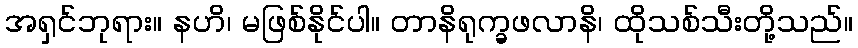
အရှင်ဘုရား။ နဟိ၊ မဖြစ်နိုင်ပါ။ တာနိရုက္ခဖလာနိ၊ ထိုသစ်သီးတို့သည်။